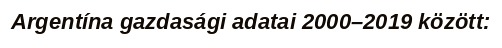
Argentína gazdasági adatai 2000–2019 között: